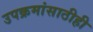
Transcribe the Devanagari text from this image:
उपक्रमांसाठीही